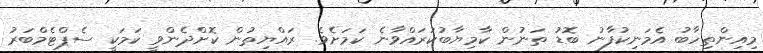
މިއިންތިހާބު އެމަނިކުފާނު ބޮޑު ތަނުން ކާމިޔާބުކުރައްވާނެ ކަމަށެވެ. ރައްޔިތުން ކޮށްދެންވީ ކަމަކީ ސެޕްޓެމްބަރު